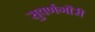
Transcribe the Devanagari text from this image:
सुवर्णगौरी